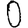
Digit: 0